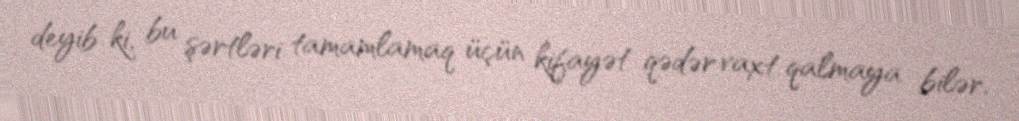
deyib ki, bu şərtləri tamamlamaq üçün kifayət qədər vaxt qalmaya bilər.